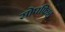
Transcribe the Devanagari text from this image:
सोपफिश